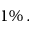
1 \% \, .